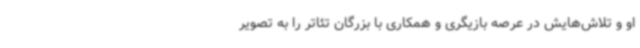
او و تلاش‌هایش در عرصه بازیگری و همکاری با بزرگان تئاتر را به تصویر